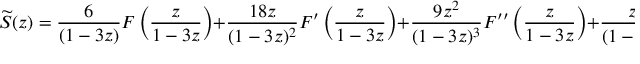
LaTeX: { \widetilde { S } } ( z ) = { \frac { 6 } { ( 1 - 3 z ) } } F \left( { \frac { z } { 1 - 3 z } } \right) + { \frac { 1 8 z } { ( 1 - 3 z ) ^ { 2 } } } F ^ { \prime } \left( { \frac { z } { 1 - 3 z } } \right) + { \frac { 9 z ^ { 2 } } { ( 1 - 3 z ) ^ { 3 } } } F ^ { \prime \prime } \left( { \frac { z } { 1 - 3 z } } \right) + { \frac { z ^ { 3 } } { ( 1 - 3 z ) ^ { 4 } } } F ^ { ( 3 ) } \left( { \frac { z } { 1 - 3 z } } \right) .